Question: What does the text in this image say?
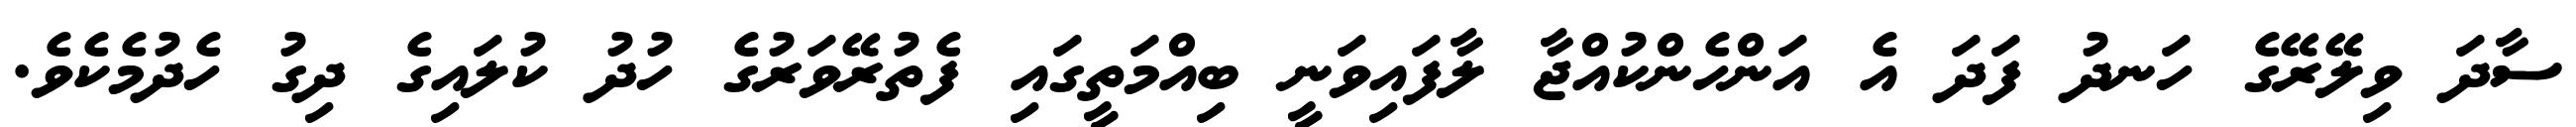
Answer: ސާދަ ވިލޭރޭގެ ހަނދު ފަދަ އެ އަންހެންކުއްޖާ ލާފައިވަނީ ބިއްމަތީގައި ފެތުރޭވަރުގެ ހުދު ކުލައިގެ ދިގު ހެދުމެކެވެ.